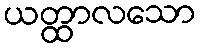
ယတ္ထာလသော